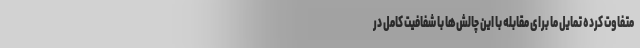
متفاوت کرده تمایل ما برای مقابله با این چالش‌ها با شفافیت کامل در